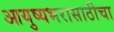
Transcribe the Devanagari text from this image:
आयुष्यभरासाठीचा